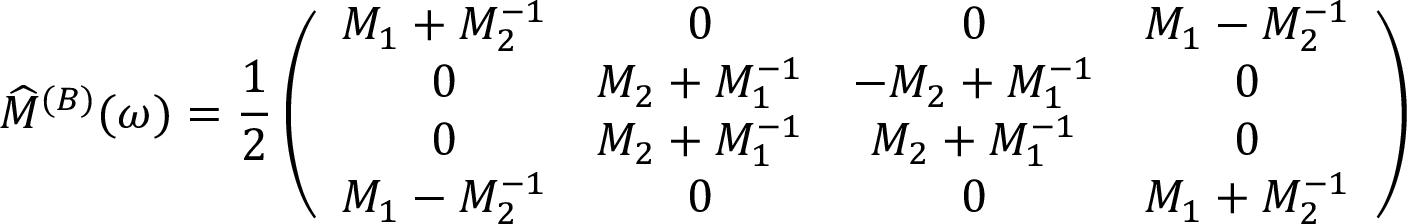
\widehat { \cal M } ^ { ( B ) } ( \omega ) = \frac { 1 } { 2 } \left( \begin{array} { c c c c } { { { \cal M } _ { 1 } + { \cal M } _ { 2 } ^ { - 1 } } } & { { 0 } } & { { 0 } } & { { { \cal M } _ { 1 } - { \cal M } _ { 2 } ^ { - 1 } } } \\ { { 0 } } & { { { \cal M } _ { 2 } + { \cal M } _ { 1 } ^ { - 1 } } } & { { - { \cal M } _ { 2 } + { \cal M } _ { 1 } ^ { - 1 } } } & { { 0 } } \\ { { 0 } } & { { { \cal M } _ { 2 } + { \cal M } _ { 1 } ^ { - 1 } } } & { { { \cal M } _ { 2 } + { \cal M } _ { 1 } ^ { - 1 } } } & { { 0 } } \\ { { { \cal M } _ { 1 } - { \cal M } _ { 2 } ^ { - 1 } } } & { { 0 } } & { { 0 } } & { { { \cal M } _ { 1 } + { \cal M } _ { 2 } ^ { - 1 } } } \end{array} \right)